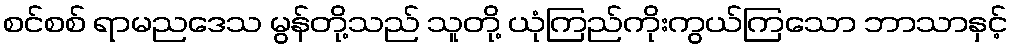
စင်စစ် ရာမညဒေသ မွန်တို့သည် သူတို့ ယုံကြည်ကိုးကွယ်ကြသော ဘာသာနှင့်